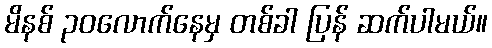
မိနစ် ၃၀လောက်နေမှ တစ်ခါ ပြန် ဆက်ပါမယ်။